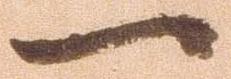
一